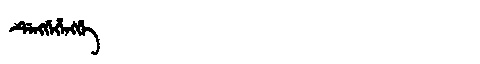
Manchu: ᡩᡝᠩᡤᡝᡥᡝᠩᡤᡝ
Romanization: DENGGEHENGGE